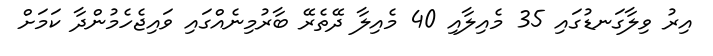
އިރު ވިލާގަނޑުގައި 35 މެއިލާއި 40 މެއިލާ ދޭތެރޭ ބާރުމިނެއްގައި ވައިޖެހެމުންދާ ކަމަށް